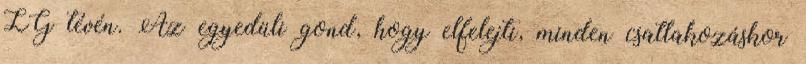
LG tévén. Az egyedüli gond, hogy elfelejti, minden csatlakozáskor